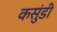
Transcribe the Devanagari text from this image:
कसुंडी